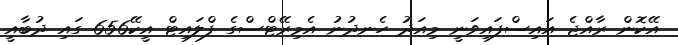
އޭކޮން ރާއްޖެ އައިސްފައިވަނީ މިއަދު ހެނދުނު އެމިރޭޓްސްގެ ފްލައިޓް އީކޭ656 ގައި ދުބާއީ